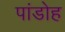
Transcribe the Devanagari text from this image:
पांडोह